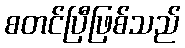
စတင်ပြီဖြစ်သည်